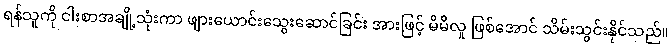
ရန်သူကို ငါးစာအချို့သုံးကာ ဖျားယောင်းသွေးဆောင်ခြင်း အားဖြင့် မိမိလူ ဖြစ်အောင် သိမ်းသွင်းနိုင်သည်။